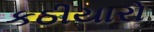
કઠીયારો